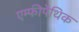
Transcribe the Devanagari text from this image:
एम्फीपैथिक